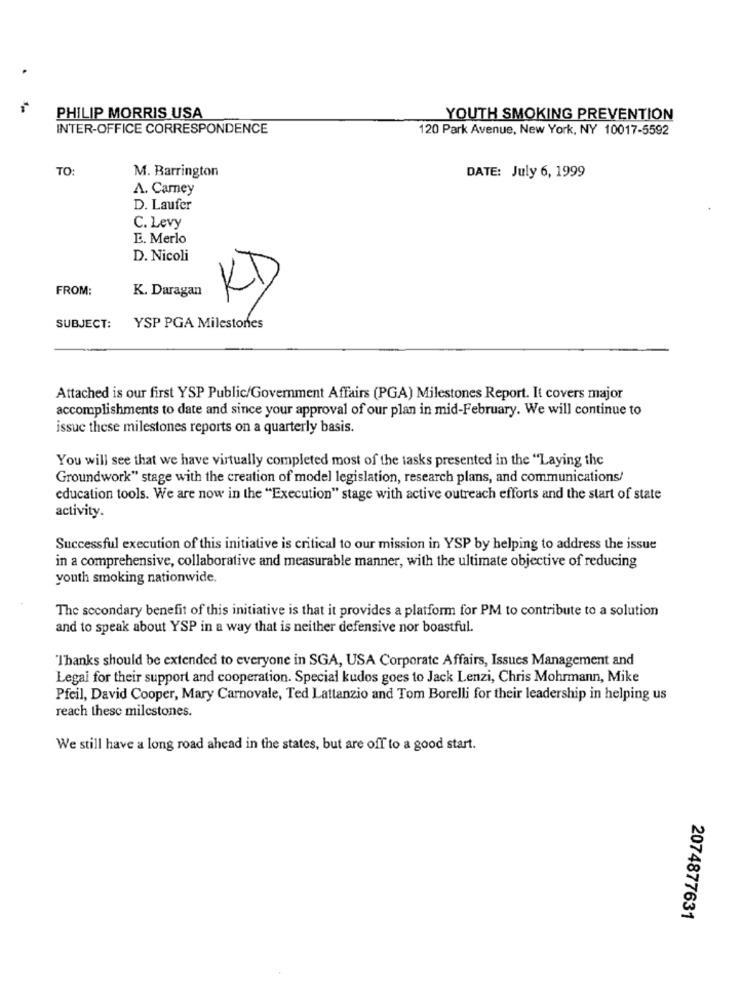
PHILIP MORRIS USA
YOUTH SMOKING PREVENTION
INTER-OFFICE CORRESPONDENCE
120 Park Avenue, New York, NY 10017-5592
TO:
M. Barrington
DATE: July 6, 1999
A. Carney
D. Laufer
C. Levy
E. Merlo
D. Nicoli
KD
FROM:
K. Daragan
SUBJECT:
YSP PGA Milestones
Attached is our first YSP Public/Government Affairs (PGA) Milestones Report. It covers major
accomplishments to date and since your approval of our plan in mid-February. We will continue to
issue these milestones reports on a quarterly basis.
You will see that we have virtually completed most of the tasks presented in the "Laying the
Groundwork" stage with the creation of model legislation, research plans, and communications/
education tools. We are now in the "Execution" stage with active outreach efforts and the start of state
activity.
Successful execution of this initiative is critical to our mission in YSP by helping to address the issue
in a comprehensive, collaborative and measurable manner, with the ultimate objective of reducing
youth smoking nationwide.
The secondary benefit of this initiative is that it provides a platform for PM to contribute to a solution
and to speak about YSP in a way that is neither defensive nor boastful.
Thanks should be extended to everyone in SGA, USA Corporate Affairs, Issues Management and
Legai for their support and cooperation. Special kudos goes to Jack Lenzi, Chris Mohrmann, Mike
Pfeil, David Cooper, Mary Carnovale, Ted Lattanzio and Tom Borelli for their leadership in helping us
reach these milestones.
We still have a long road ahead in the states, but are off to a good start.
2074877631